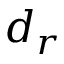
d _ { r }